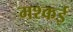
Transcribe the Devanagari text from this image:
मश्कई